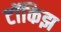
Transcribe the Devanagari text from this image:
टॉकिझ